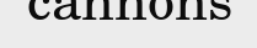
cannons